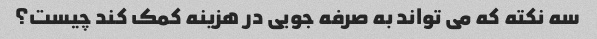
سه نکته که می تواند به صرفه جویی در هزینه کمک کند چیست؟